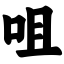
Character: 咀